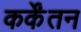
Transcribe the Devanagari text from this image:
कर्केंतन